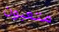
متعبون